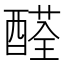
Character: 醛